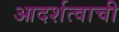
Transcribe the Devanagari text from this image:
आदर्शत्वाची